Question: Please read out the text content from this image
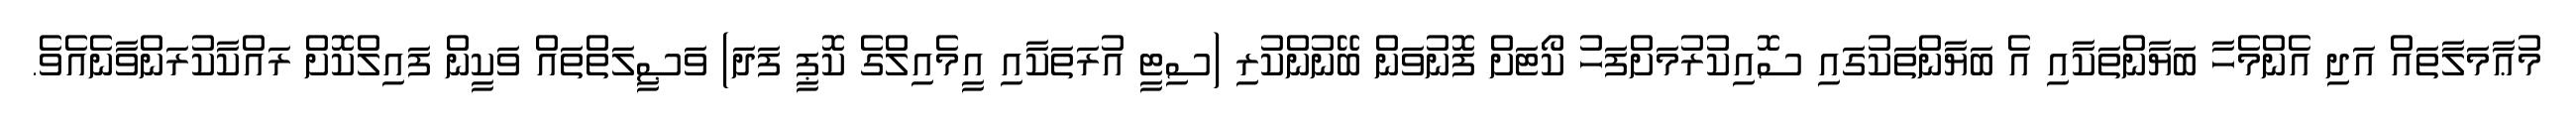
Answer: މުޢާމަލާތައް އަދި އެންމެހާ ބަޔާންތަކާއި އެ ބަޔާންތަކުގައި ސޮއިކުރުމަށްފަހު ކޯޓަށް ފޮނުވަން ބޭނުންކުރި (ސިޓީ އުރަތަކާއި އީމެއިލްގެ ކޮޕީ ފަދަ) ވަޞީލަތްތައް ވަކީން ފައިލްކޮށް ރައްކާކުރަންވާނެއެވެ.